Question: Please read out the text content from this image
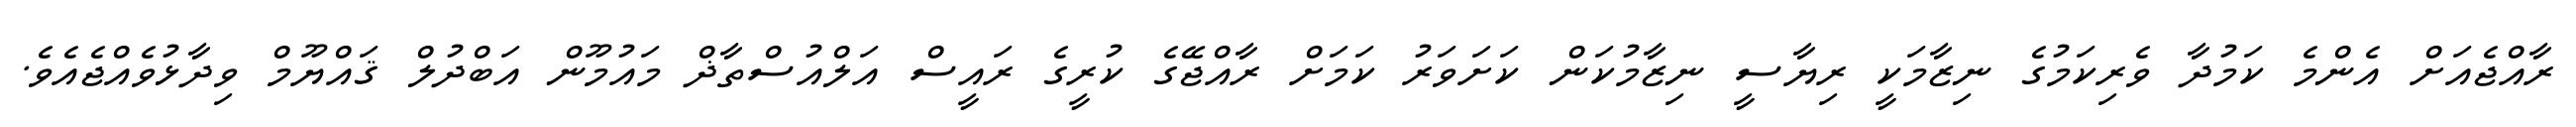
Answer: ރާއްޖެއަށް އެންމެ ކަމުދާ ވެރިކަމުގެ ނިޒާމަކީ ރިޔާސީ ނިޒާމުކަން ކަށަވަރު ކަމަށް ރާއްޖޭގެ ކުރީގެ ރައީސް އަލްއުސްތާޛް މައުމޫން އަބްދުލް ޤައްޔޫމް ވިދާޅުވެއްޖެއެވެ.